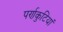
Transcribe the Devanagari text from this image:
पर्णकुटियां